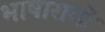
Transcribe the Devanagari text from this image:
भाषारागों